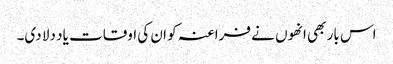
اس بار بھی انھوں نے فراعنہ کو ان کی اوقات یاد دلا دی۔